Vaccination United Provinces of Agra and Oudh 1923-1928 - 1923-1928
Year: 1923
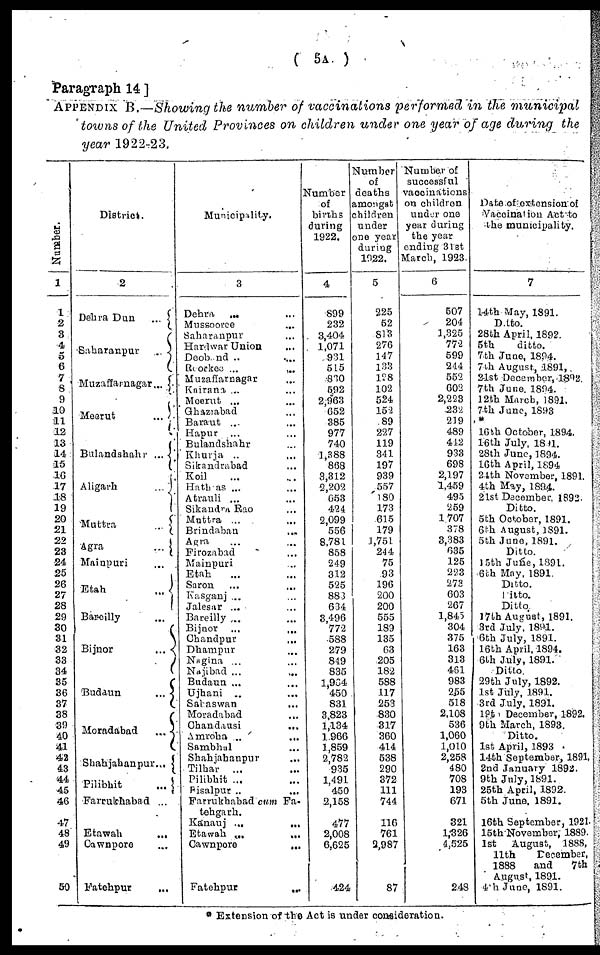
( 5A )
Paragraph 14 ]
APPENDIX B.—Showing the number of vaccinations performed in the municipal
towns of the United Provinces on children under one year of age during the
year 1922-23.
Number.
1
1
2
3
4
5
6
7
8
9
10
11
12
13
14
15
16
17
18
19
20
21
22
23
24
25
26
27
28
29
30
31
32
33
34
35
36
37
38
39
40
41
42
43
44
45
46
47
48
49
50
District.
2
Dehra Dun
...
Saharanpur
...
Muzaffarnagar ...
Meerut
...
Bulandshahr
...
Aligarh
...
Muttra
...
Agra
...
Mainpuri ...
Etah
...
Bareilly ...
Bijnor
...
Budaun
...
Moradabad
...
Shahjahanpur
...
Pilibhit
...
Farrukhabad ...
Etawah
...
Cawnpore ...
Fatehpur ...
Municipality.
3
Dehra ... ...
Mussooree ...
Saharanpur ...
Hardwar Union ...
Deoband .. ...
Roorkee
...
...
Muzaffarnagar ...
Kairana ... ...
Meerut ... ...
Ghaziabad ...
Baraut ... ...
Hapur ... ...
Bulandshahr ...
Khurja ... ...
Sikandrabad ...
Koil ... ...
Hathias ... ...
Atrauli ... ...
Sikandra Rao ...
Muttra ... ...
Brindaban ...
Agra ...
Firozabad ...
Mainpuri ...
Etah ...
Saron ...
Kasganj ... ...
Jalesar ... ...
Bareilly ... ...
Bijnor
...
...
Chandpur ...
Dhampur ...
Nagina ... ...
Najibad ... ...
Budaun ... ...
Ujhani ... ...
Salaswan
...
Moradabad ...
Chandausi ...
Amroha
...
...
Sambhal ...
Shahjahanpur ...
Tilhar ... ...
Pilibhit ... ...
Bisalpur .. ...
Farrukhabad cum Fa-
tehgarh.
Kanauj
...
...
Etawah ... ...
Cawnpore
...
Fatehpur
...
Number
of
births
during
1922.
4
899
232
3,404
1,071
931
515
830
592
2,963
652
385
977
740
1,388
868
3,312
2,202
653
424
2,099
556
8,781
858
249
312
525
883
634
3,496
772
588
279
849
835
1,964
450
831
3,823
1,134
1,966
1,859
2,782
935
1,491
450
2,158
477
2,008
6,625
424
Number
of
deaths
amongst
children
under
one year
during
1922.
5
225
52
813
276
147
133
128
102
524
152
89
227
119
341
197
939
557
180
173
615
179
1,751
244
75
93
196
200
200
555
189
135
63
205
182
588
117
253
830
317
360
414
538
290
372
111
744
116
761
2,987
87
Number of
successful
vaccinations
on children
under one
year during
the year
ending 31st
March, 1923.
6
507
204
1,325
772
599
244
552
602
2,223
232
219
489
412
933
698
2,197
1,459
495
259
1,707
378
3,383
635
125
223
273
603
267
1,845
304
375
163
313
461
983
255
518
2,108
536
1,060
1,010
2,258
480
708
193
671
321
1,326
4,525
243
Data of extension of
Vaccination Act to
the municipality.
7
14th May, 1891.
Ditto.
28th April, 1892.
5th
ditto.
7th June, 1894.
7th August, 1891.
21st December, 1892.
7th June 1894.
12th March, 1891.
7th June, 1893
*
16th October, 1894.
16th July, 1891.
28th June, 1894.
16th April, 1894.
24th November, 1891.
4th May, 1894.
21st December, 1892.
Ditto.
5th October, 1891.
6th August, 1891.
5th June, 1891.
Ditto.
15th June, 1891.
6th May, 1891
Ditto.
Ditto.
Ditto.
17th August, 1891.
3rd July, 1891.
6th July, 1891.
16th April, 1894.
6th July, 1891.
Ditto.
29th July, 1892.
1st July, 1891.
3rd July, 1891.
19th December, 1892.
9th March, 1893.
Ditto.
1st April, 1893
14th September, 1891.
2nd January 1892.
9th July, 1891.
25th April, 1892.
5th June, 1891.
16th September, 1921.
15th November, 1889.
1st
August, 1888,
11th
December,
1888
and
7th
August, 1891.
4th June, 1891.
* Extension of the Act is under consideration.